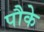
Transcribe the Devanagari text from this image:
पौके